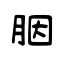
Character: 胭